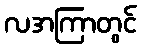
လအကြာတွင်